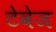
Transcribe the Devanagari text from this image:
टेवेज